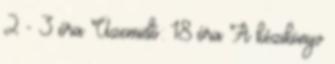
2 - 3 óra Üzemidő: 18 óra A kézikönyv